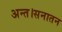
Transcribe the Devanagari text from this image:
अन्त।सनातन